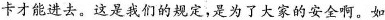
卡才能进去。这是我们的规定，是为了大家的安全啊。如